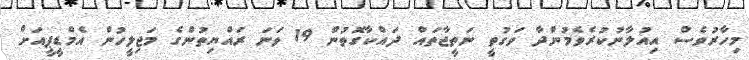
މިހާރުވެސް އިއުލާނުކުރެވެމުންދާ ވަގުތީ ނަތީޖާތައް ދައްކާގޮތުން 19 ވަނަ ރައްޔިތުންގެ މަޖިލީހުން އެމްޑީޕީއަށް